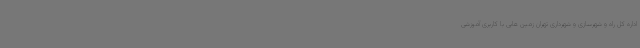
اداره کل راه و شهرسازی و شهرداری تهران زمین هایی با کاربری آموزشی